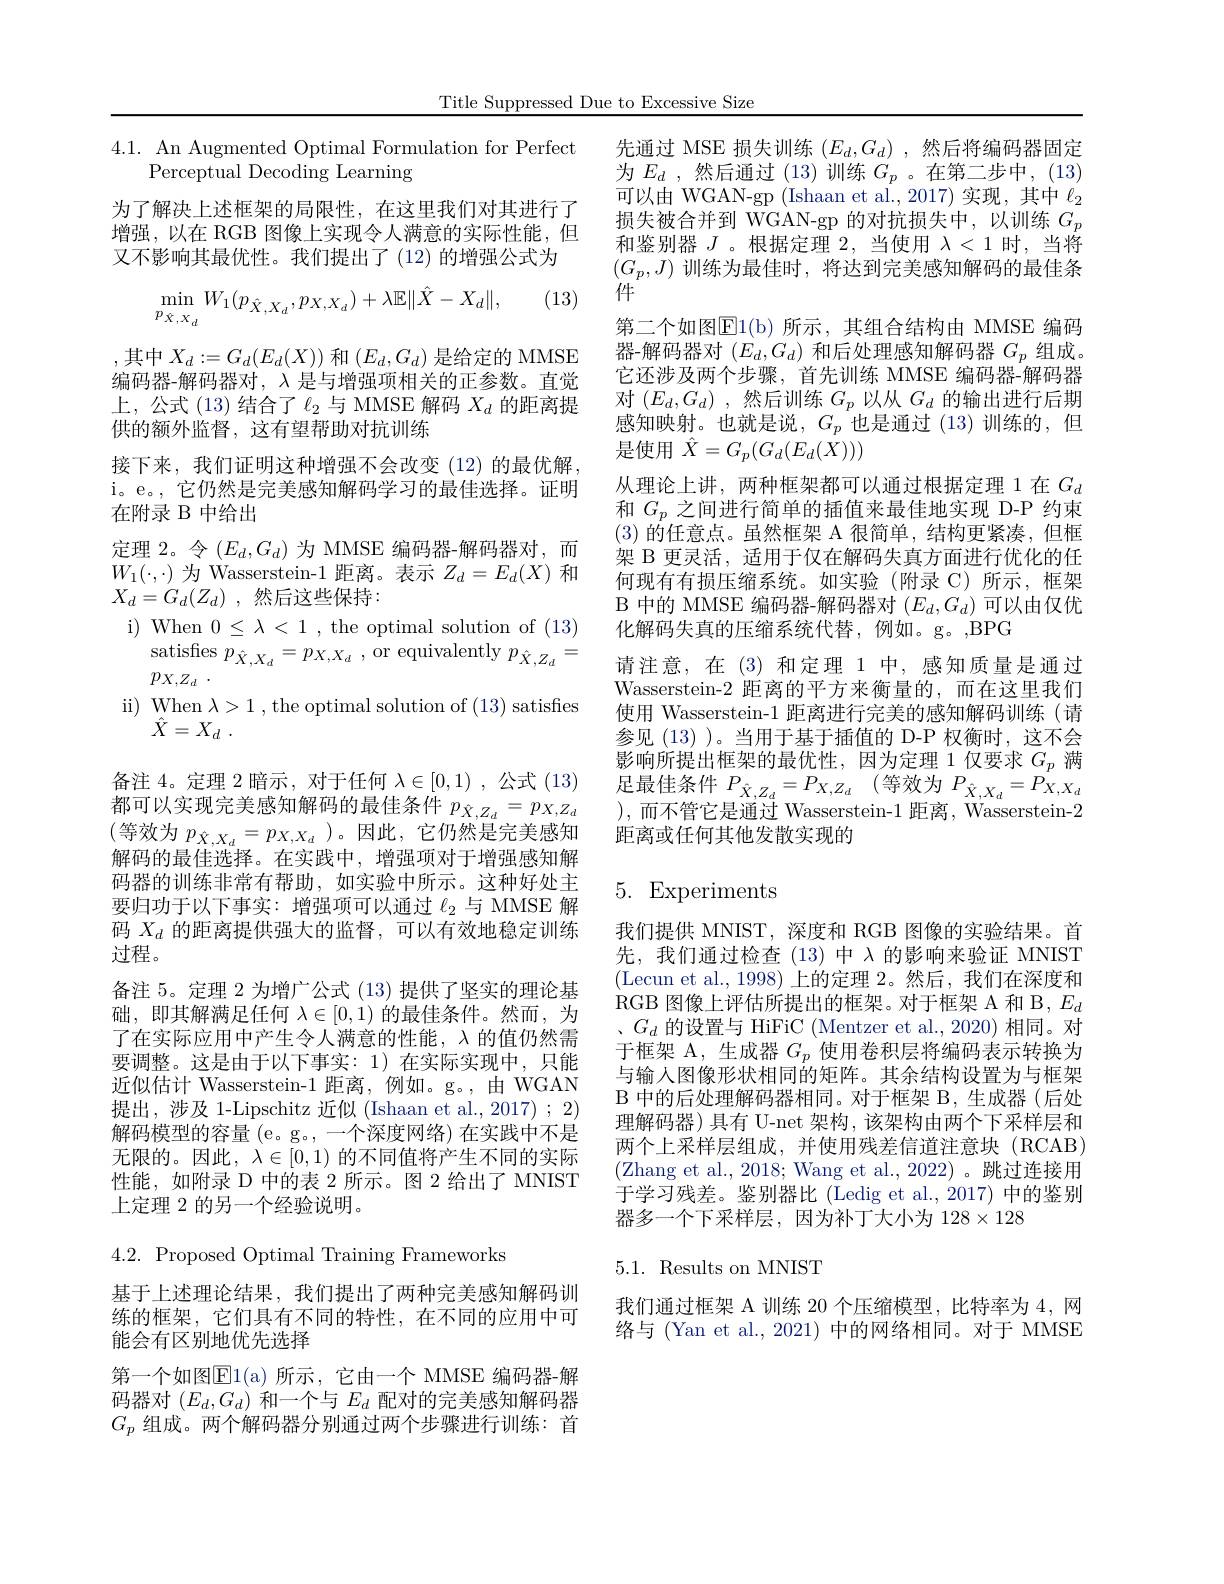
Title Suppressed Due to Excessive Size

4.1. An Augmented Optimal Formulation for Perfect
Perceptual Decoding Learning

为了解决上述框架的局限性，在这里我们对其进行了增强，以在 RGB 图像上实现令人满意的实际性能，但又不影响其最优性。我们提出了(12)的增强公式为

(13)
$$\min\limits_{p_{\hat{X},X_{d}}}W_{1}(p_{\hat{X},X_{d}},p_{X,X_{d}})+\lambda\mathbb{E}\|\hat{X}-X_{d}\|,$$
,其中$X_d:=G_d(E_d(X))$ 和$(E_d,G_d)$ 是给定的 MMSE 编码器-解码器对，$\lambda$是与增强项相关的正参数。直觉上，公式(13)结合了$\ell_2$与 MMSE 解码$X_d$的距离提供的额外监督，这有望帮助对抗训练
接下来，我们证明这种增强不会改变(12)的最优解， i。e。,它仍然是完美感知解码学习的最佳选择。证明在附录 B 中给出
定理 2。令$(E_d,G_d)$为 MMSE 编码器-解码器对，而$W_{1}(\cdot,\cdot)$为 Wasserstein-1 距离。表示$Z_d=E_d(X)$和$X_d= G_d( Z_d)$ ,然后这些保持：
i) When 0$\leq \lambda$< 1 , the optimal solution of ( 13) $\begin{array}{c}{\mathrm{satisfies~}\bar{p}_{\hat{X},X_{d}}}=p_{X,X_{d}}\:,&{\mathrm{or~equivalently~}}p_{\hat{X},Z_{d}}=\\{\mathrm{satisfies~}\bar{p}_{\hat{X},X_{d}}}=p_{X,X_{d}}\:,&{\mathrm{or~equivalently~}}p_{\hat{X},Z_{d}}=\end{array}$ $p_{X, Z_d}$ .
ii) When $\lambda > 1$,the optimal solution of(13) satisfes
$\hat{X} = X_d$ .

备注 4。定理 2 暗示，对于任何$\lambda\in[0,1)$ ,公式 (13) 都可以实现完美感知解码的最佳条件$p_{\hat{X},Z_d}=p_{X,Z_d}$ (等效为$p_\hat{X},X_d=p_{X,X_d})。因此，它仍然是完美感知$ 解码的最佳选择。在实践中，增强项对于增强感知解码器的训练非常有帮助，如实验中所示。这种好处主要归功于以下事实：增强项可以通过$\ell_2$与 MMSE 解码$X_d$的距离提供强大的监督，可以有效地稳定训练过程。
备注 5。定理 2 为增广公式 (13) 提供了坚实的理论基础，即其解满足任何$\lambda\in[0,1)$的最佳条件。然而，为了在实际应用中产生令人满意的性能，$\lambda$的值仍然需要调整。这是由于以下事实：1)在实际实现中，只能近似估计 Wasserstein-1 距离，例如。g。,由 WGAN 提出，涉及 1-Lipschitz 近似 (Ishaan et al., 2017) ; 2) 解码模型的容量 (e。g。,一个深度网络) 在实践中不是无限的。因此，$\lambda\in[0,1)$的不同值将产生不同的实际性能，如附录 D 中的表 2 所示。图 2 给出了 MNIST 上定理 2 的另一个经验说明。

$4.2.{\mathrm{~Proposed~Optimal~Training~Frameworks}}$

基于上述理论结果，我们提出了两种完美感知解码训练的框架，它们具有不同的特性，在不同的应用中可能会有区别地优先选择
第一个如图$\overline{\mathrm{E}}1($a)所示，它由一个 MMSE 编码器-解码器对$(E_d,G_d)$和一个与$E_d$配对的完美感知解码器$G_p$组成。两个解码器分别通过两个步骤进行训练：首

先通过 MSE 损失训练 $(E_d,G_d)$,然后将编码器固定为$E_d$ ,然后通过(13)训练$G_p$。在第二步中，(13) 可以由 WGAN-gp (Ishaan et al.,2017)实现，其中$\ell_{2}$ 损失被合并到 WGAN-gp 的对抗损失中，以训练$G_p$ 和鉴别器$J$ 。根据定理 2,当使用$\lambda<1$时，当将$(G_p,J)$训练为最佳时，将达到完美感知解码的最佳条件
第二个如图$\overline{\mathbb{E}}1($b)所示，其组合结构由 MMSE 编码器-解码器对$(E_d,G_d)$和后处理感知解码器$G_p$组成。它还涉及两个步骤，首先训练 MMSE 编码器-解码器对$( E_d, G_d)$ ,然后训练$G_p$以从$G_d$的输出进行后期感知映射。也就是说，$G_p$也是通过 (13)训练的，但是使用$\hat{X}=G_p(G_d(E_d(\dot{X})))$
从理论上讲，两种框架都可以通过根据定理 1 在$G_d$ 和$G_p$之间进行简单的插值来最佳地实现 D-P 约束(3)的任意点。虽然框架 A 很简单，结构更紧凑，但框架 B 更灵活，适用于仅在解码失真方面进行优化的任何现有有损压缩系统。如实验(附录 C)所示，框架B 中的 MMSE 编码器-解码器对$(E_d,G_d)$可以由仅优化解码失真的压缩系统代替，例如。g。,BPG
请注意，在(3)和定理 1 中，感知质量是通过Wasserstein-2 距离的平方来衡量的，而在这里我们使用 Wasserstein-1 距离进行完美的感知解码训练(请参见 (13) )。当用于基于插值的 D-P 权衡时，这不会影响所提出框架的最优性，因为定理 1仅要求$G_p$满足最佳条件$P_{\hat{X} , Z_d}= P_{X, Z_d}$ (等效为$P_{\hat{X},X_d}=P_{X,X_d}$ ),而不管它是通过 Wasserstein-1 距离，Wasserstein-2距离或任何其他发散实现的

## 5. Experiments

我们提供 MNIST,深度和 RGB 图像的实验结果。首先，我们通过检查(13)中入的影响来验证 MNIST (Lecun et al.,1998)上的定理 2。然后，我们在深度和RGB 图像上评估所提出的框架。对于框架 A 和 B, $E_d$ 、$G_d$的设置与 HiFiC (Mentzer et al., 2020) 相同。对于框架 A, 生成器$G_p$使用卷积层将编码表示转换为与输入图像形状相同的矩阵。其余结构设置为与框架$\mathcal{B}$中的后处理解码器相同。对于框架$\mathcal{B}$,生成器(后处理解码器)具有 U-net 架构，该架构由两个下采样层和两个上采样层组成，并使用残差信道注意块(RCAB) (Zhang et al., 2018; Wang et al., 2022)。跳过连接用于学习残差。鉴别器比 (Ledig et al.,2017) 中的鉴别器多一个下采样层，因为补丁大小为 128$\times128$

## 5.1. Results on MNIST

我们通过框架 A 训练 20 个压缩模型，比特率为 4, 网络与 (Yan et al., 2021) 中的网络相同。对于 MMSE